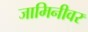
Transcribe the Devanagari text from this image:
जामिनीवर